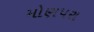
મોણપરા